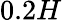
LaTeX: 0.2H